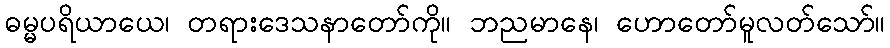
ဓမ္မပရိယာယေ၊ တရားဒေသနာတော်ကို။ ဘညမာနေ၊ ဟောတော်မူလတ်သော်။